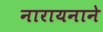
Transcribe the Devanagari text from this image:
नारायनाने